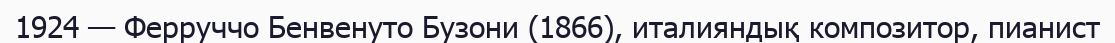
1924 — Ферруччо Бенвенуто Бузони (1866), италияндық композитор, пианист